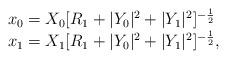
LaTeX: \begin{align*}\begin{array}{lcr}x_0=X_0[R_1+|Y_0|^2+|Y_1|^2]^{-{1\over2}}\\x_1=X_1[R_1+|Y_0|^2+|Y_1|^2]^{-{1\over2}},\end{array}\end{align*}